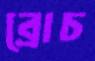
ব্রোচ